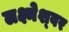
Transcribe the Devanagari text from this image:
लक्ष्मेश्‍वर